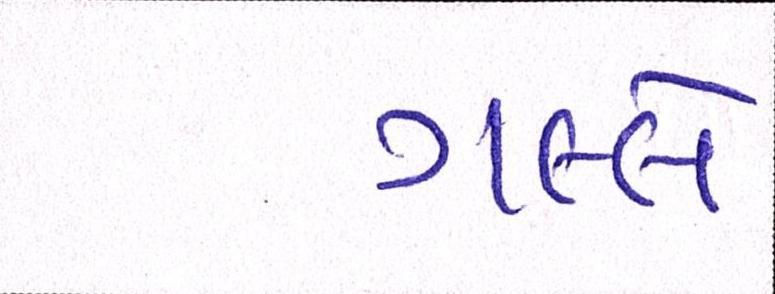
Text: ગલ્લે